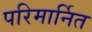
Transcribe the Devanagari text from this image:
परिमार्नित